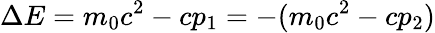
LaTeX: \Delta E=m_{0}c^{2}-cp_{1}=-(m_{0}c^{2}-cp_{2})